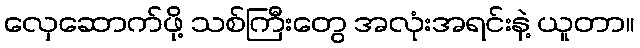
လှေဆောက်ဖို့ သစ်ကြီးတွေ အလုံးအရင်းနဲ့ ယူတာ။